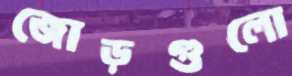
জোড়গুলো